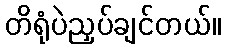
တိရုံပဲညှပ်ချင်တယ်။